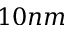
1 0 n m